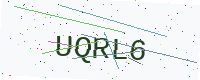
Text: UQRL6